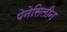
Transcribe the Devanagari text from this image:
पेनेसिलीन